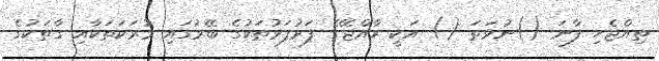
ތިއްޖެހި ފާނަ ()ނުވަތަ () އަކީ ރާއްޖޭގެ ފަރުފަޅުތަކުގެ ބޭރުގައި މުރަކަތަކާއި ގާތަކުގެ